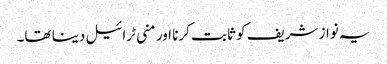
یہ نواز شریف کو ثابت کرنا اور منی ٹرائیل دینا تھا۔